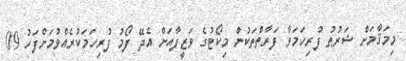
މިމަޤާމަށް ޝަރުޠު ފުރިހަމަވާ ފަރާތްތަކުން މިކޯޓުގެ ވަޒީފާއަށް އެދޭ ފޯމު ފުރިހަމަކުރެއްވުމަށްފަހު 09